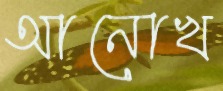
আনোখ